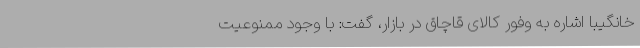
خانگیبا اشاره به وفور کالای قاچاق در بازار، گفت: با وجود ممنوعیت